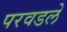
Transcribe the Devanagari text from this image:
परवडले